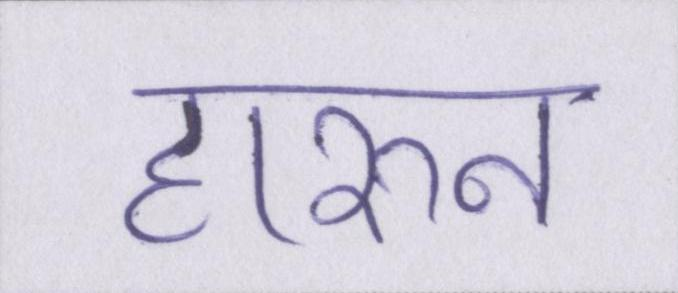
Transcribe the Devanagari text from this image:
हारुन